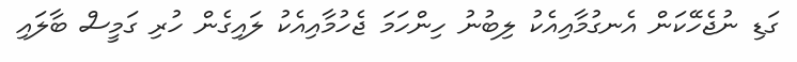
ގަޑި ނުޖެހޭކަން އެނގުމާއިއެކު ލިބުނު ހިންހަމަ ޖެހުމާއިއެކު ލައިގެން ހުރި ގަމީސް ބާލައި